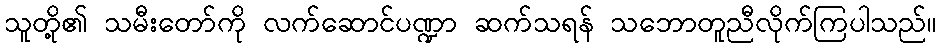
သူတို့၏ သမီးတော်ကို လက်ဆောင်ပဏ္ဍာ ဆက်သရန် သဘောတူညီလိုက်ကြပါသည်။